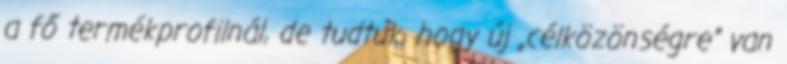
a fő termékprofilnál, de tudtuk, hogy új „célközönségre” van